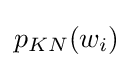
p_{KN}(w_{i})